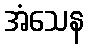
အံသေန